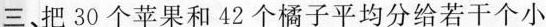
三、把30个苹果和42个橘子平均分给若干个小